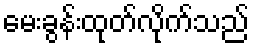
မေးခွန်းထုတ်လိုက်သည်